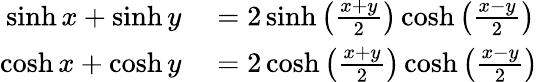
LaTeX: \begin{array}{rl}{\sinh x+\sinh y}&{{}=2\sinh\left({\frac{x+y}{2}}\right)\cosh\left({\frac{x-y}{2}}\right)}\\ {\cosh x+\cosh y}&{{}=2\cosh\left({\frac{x+y}{2}}\right)\cosh\left({\frac{x-y}{2}}\right)}\end{array}